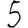
Digit: 5